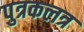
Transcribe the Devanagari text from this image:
पुत्रकलत्र